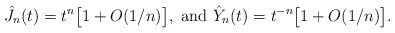
LaTeX: \begin{align*}\hat J_n (t) = t^{n}\big[1 + O(1/n) \big], \mbox{ and } \hat Y_n (t) = t^{-n} \big[1 + O(1/n) \big]. \end{align*}